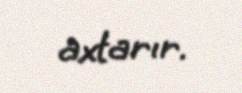
axtarır.